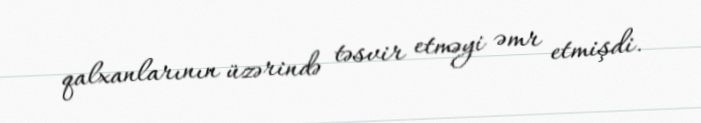
qalxanlarının üzərində təsvir etməyi əmr etmişdi.